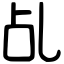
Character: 乩